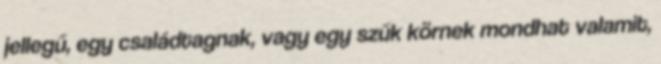
jellegű, egy családtagnak, vagy egy szűk körnek mondhat valamit,